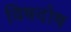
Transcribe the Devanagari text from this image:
विषदोष